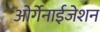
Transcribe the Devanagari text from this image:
ओर्गेनाईजेशन